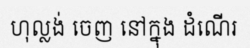
ហុល្លង់ ចេញ នៅក្នុង ដំណើរ